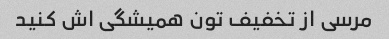
مرسی از تخفیف تون همیشگی اش کنید